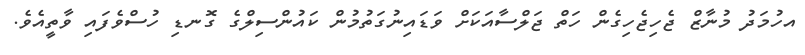
އހުމަދު މުނާޒް ޖެހިޖެހިގެން ހަތް ޖަލްސާއަކަށް ވަޑައިނުގަތުމުން ކައުންސިލްގެ ގޮނޑި ހުސްވެފައި ވާތީއެވެ.